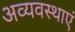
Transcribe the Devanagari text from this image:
अव्यवस्थाएं